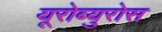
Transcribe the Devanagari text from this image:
यूरोब्युरोस